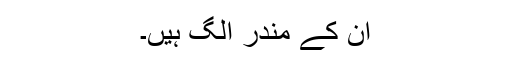
ان کے مندر الگ ہیں۔